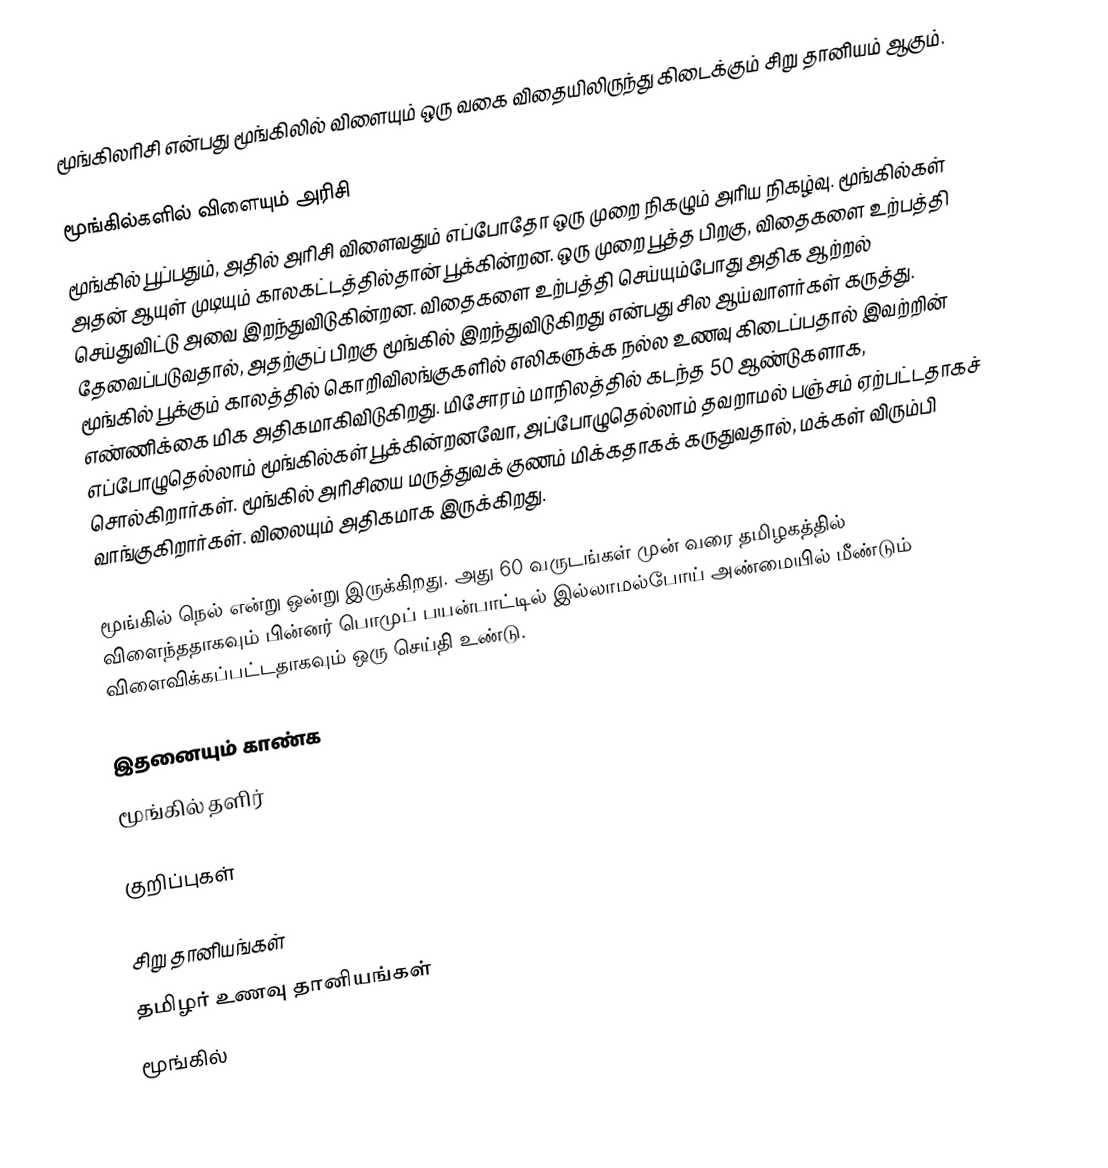
மூங்கிலரிசி என்பது மூங்கிலில் விளையும் ஒரு வகை விதையிலிருந்து கிடைக்கும் சிறு தானியம் ஆகும்.

மூங்கில்களில் விளையும் அரிசி
மூங்கில் பூப்பதும், அதில் அரிசி விளைவதும் எப்போதோ ஒரு முறை நிகழும் அரிய நிகழ்வு. மூங்கில்கள் அதன் ஆயுள் முடியும் காலகட்டத்தில்தான் பூக்கின்றன. ஒரு முறை பூத்த பிறகு, விதைகளை உற்பத்தி செய்துவிட்டு அவை இறந்துவிடுகின்றன. விதைகளை உற்பத்தி செய்யும்போது அதிக ஆற்றல் தேவைப்படுவதால், அதற்குப் பிறகு மூங்கில் இறந்துவிடுகிறது என்பது சில ஆய்வாளர்கள் கருத்து. மூங்கில் பூக்கும் காலத்தில்  கொறிவிலங்குகளில் எலிகளுக்க நல்ல உணவு கிடைப்பதால் இவற்றின் எண்ணிக்கை மிக அதிகமாகிவிடுகிறது. மிசோரம் மாநிலத்தில் கடந்த 50 ஆண்டுகளாக, எப்போழுதெல்லாம் மூங்கில்கள் பூக்கின்றனவோ, அப்போழுதெல்லாம் தவறாமல் பஞ்சம் ஏற்பட்டதாகச் சொல்கிறார்கள். மூங்கில் அரிசியை மருத்துவக் குணம் மிக்கதாகக் கருதுவதால், மக்கள் விரும்பி வாங்குகிறார்கள். விலையும் அதிகமாக இருக்கிறது.

மூங்கில் நெல் என்று ஒன்று இருக்கிறது. அது 60 வருடங்கள் முன் வரை தமிழகத்தில் விளைந்ததாகவும் பின்னர் பொமுப் பயன்பாட்டில் இல்லாமல்போய் அண்மையில் மீண்டும் விளைவிக்கப்பட்டதாகவும் ஒரு செய்தி உண்டு.

இதனையும் காண்க
 மூங்கில் தளிர்

குறிப்புகள்

சிறு தானியங்கள்
தமிழர் உணவு தானியங்கள்
மூங்கில்